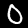
Digit: 0